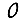
Digit: 0